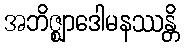
အဘိဇ္ဈာဒေါမနဿန္တိ